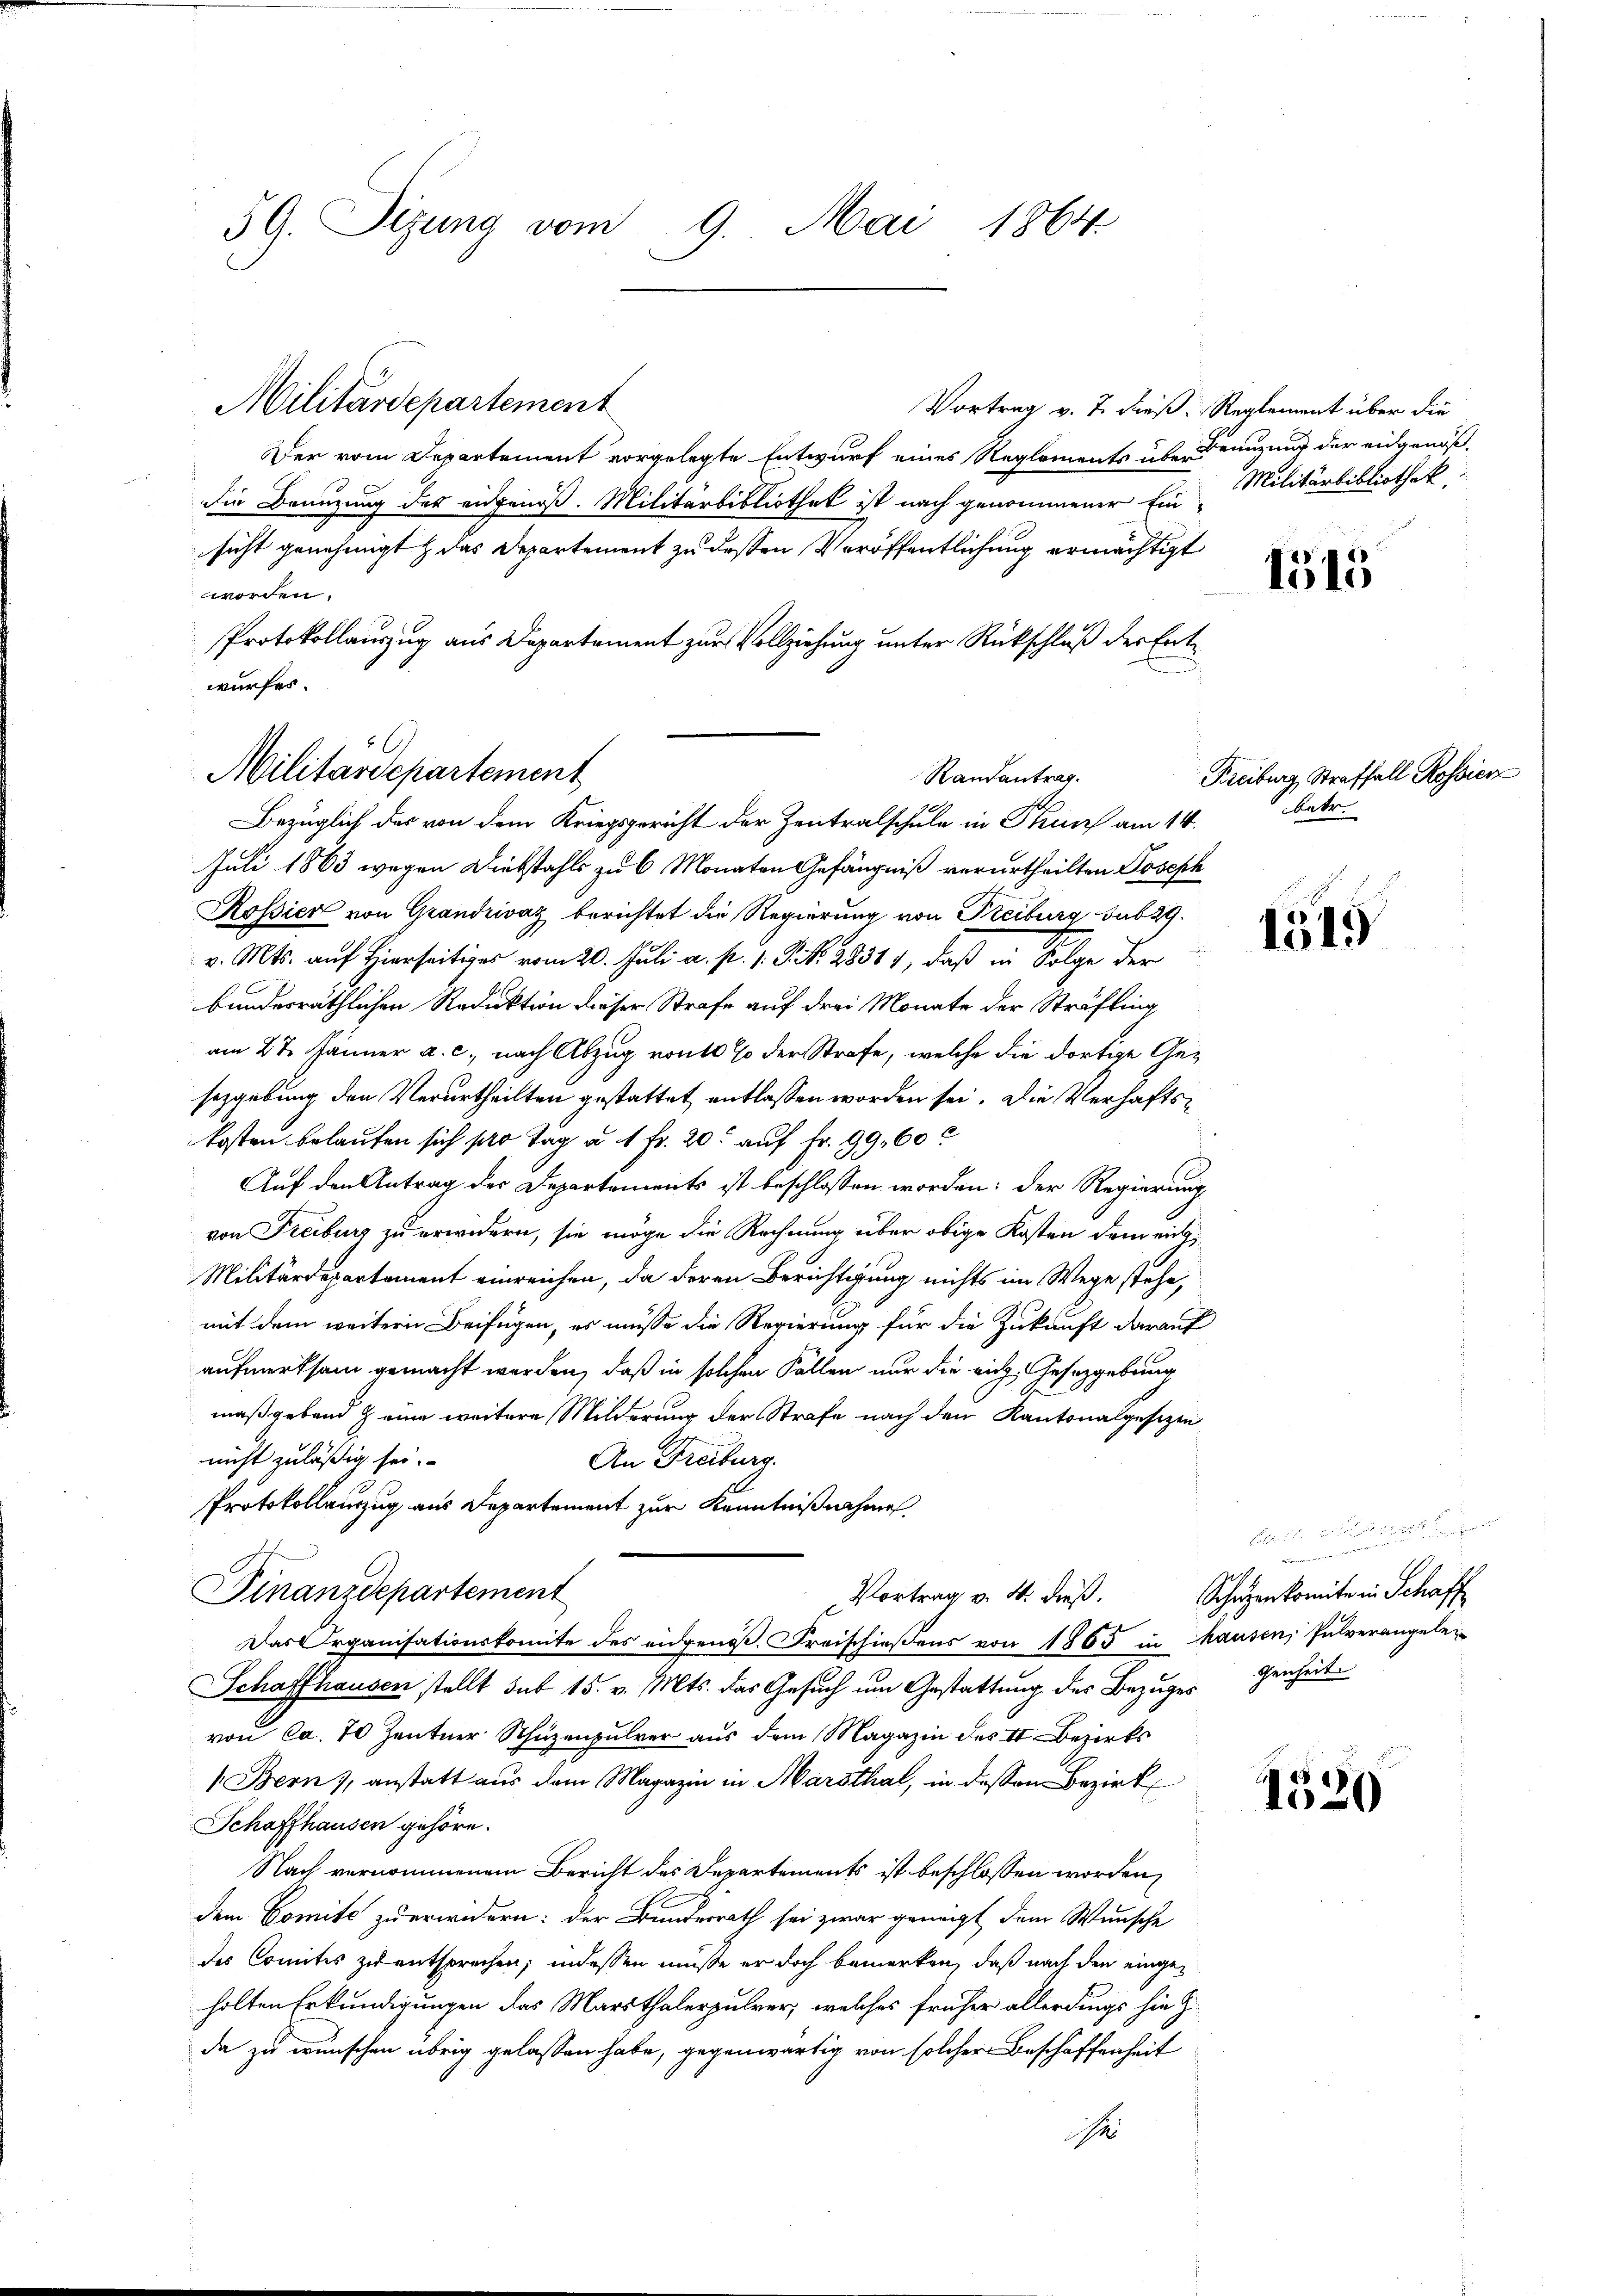
59. Sizung vom 9. Mai 1864

Militärdepartement

Der vom Departement vorgelegte Entwurf eines Reglements über Benuzung der eidgenöß¬
Die Benuzung des eidgenoß. Militärbibliothek ist nach genommener Ein
sicht genehmigt & das Departement zu dessen Veröffentlichung ermächtigt
worden.
Protokollauszug aus Departement zur Vollziehung unter Rückschluß der Entwurfes.
Bezüglich des von dem Kriegsgericht der Zentralschule in Thun am 14.
Juli 1863 wegen Diebstahls zu 6 Monaten Gefängniß verurtheilten Joseph
Rossier von Grandrivaz berichtet die Regierung von Freiburg sub 29.
v. Mts. auf Hierseits vom 20. Juli a. p. 1. P. N. 28314, daß in Folge der
bunderräthlichen Reduktion dieser Strafe auf drei Monate der Sträfling
am 27. Jänner a. c., nach Abzug von 10 % der Strafe, welche die dortige Gesezgebung den Verurtheilten gestattet entlassen worden sei. Die Verhaftskosten belaufen sich pro Tag u. 1 Fr. 20. auf Fr. 99. 60
Auf den Antrag der Departements ist beschlossen worden; der Regierung
von Freiburg zu erwidern, sie möge die Rechnung über obige Kosten dem eich
Militärdepartement einreichen, da deren Berichtigung nichts im Wege stehe,
mit dem weitern Beifügen, es müsse die Regierung für die Zukunft darauf
aufmerksam gemacht werden, daß in solchen Fällen nur die rich, Gesetzgebung
maßgebend & eine weitere Milderung der Strafe nach den Kantonalgesezen
nicht zuläßig sei.
An Freiburg.
Protokollauszug aus Departement zur Kenntnißnahme
Finanzdepartement
Vortrag v. 4. dieß.
Das Organisationskomite des eidgenös. Freischießens von 1865 in Hausen, Pulverangele¬
Schaffhausen stellt sub 15. v. Mts. das Gesuch um Gestattung des Bezuges genheit
von ca. 70 Zentner Schüzenpulver aus dem Magazin des II. Bezirks
1 Bern, anstatt aus dem Magazin in Marsthal, in dessen Bezirk
Schaffhausen gehöre.
Nach vernommenem Bericht des Departements ist beschlossen worden,
dem Comite zu erwidern: der Bunderrath sei zwar geneigt dem Wunsche
des Comites zu entsprechen; indessen müsse er doch bemerken, daß nach den eingeholten Erkundigungen das Marithalerpulver, welches früher allerdings hiez
da zu wünschen übrig gelassen habe, gegenwärtig von solcher Beschaffenheit
e

¬

Militärdepartement
Randantrag.

Vortrag v. 7. dieß. Reglement über die
Militärbibliothek.

1515

Freiburg, Straffall Rossier
betr.

1519

.
K
Schützenkomite in Schaff

1520